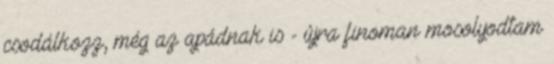
csodálkozz, még az apádnak is - újra finoman mosolyodtam